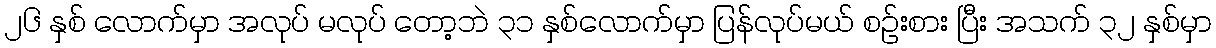
၂၆ နှစ် လောက်မှာ အလုပ် မလုပ် တော့ဘဲ ၃၁ နှစ်လောက်မှာ ပြန်လုပ်မယ် စဉ်းစား ပြီး အသက် ၃၂ နှစ်မှာ